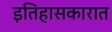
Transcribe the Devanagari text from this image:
इतिहासकारात